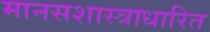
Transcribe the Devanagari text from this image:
मानसशास्त्राधारित